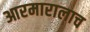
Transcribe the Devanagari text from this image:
आरमारालाच